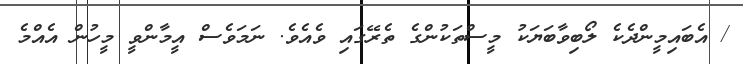
/ އެބައިމީންދެކެ ލޯބިވާބަޔަކު މީސްތަކުންގެ ތެރޭގައި ވެއެވެ. ނަމަވެސް އީމާންވީ މީހުން އެއްމެ